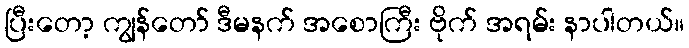
ပြီးတော့ ကျွန်တော် ဒီမနက် အစောကြီး ဗိုက် အရမ်း နာပါတယ်။